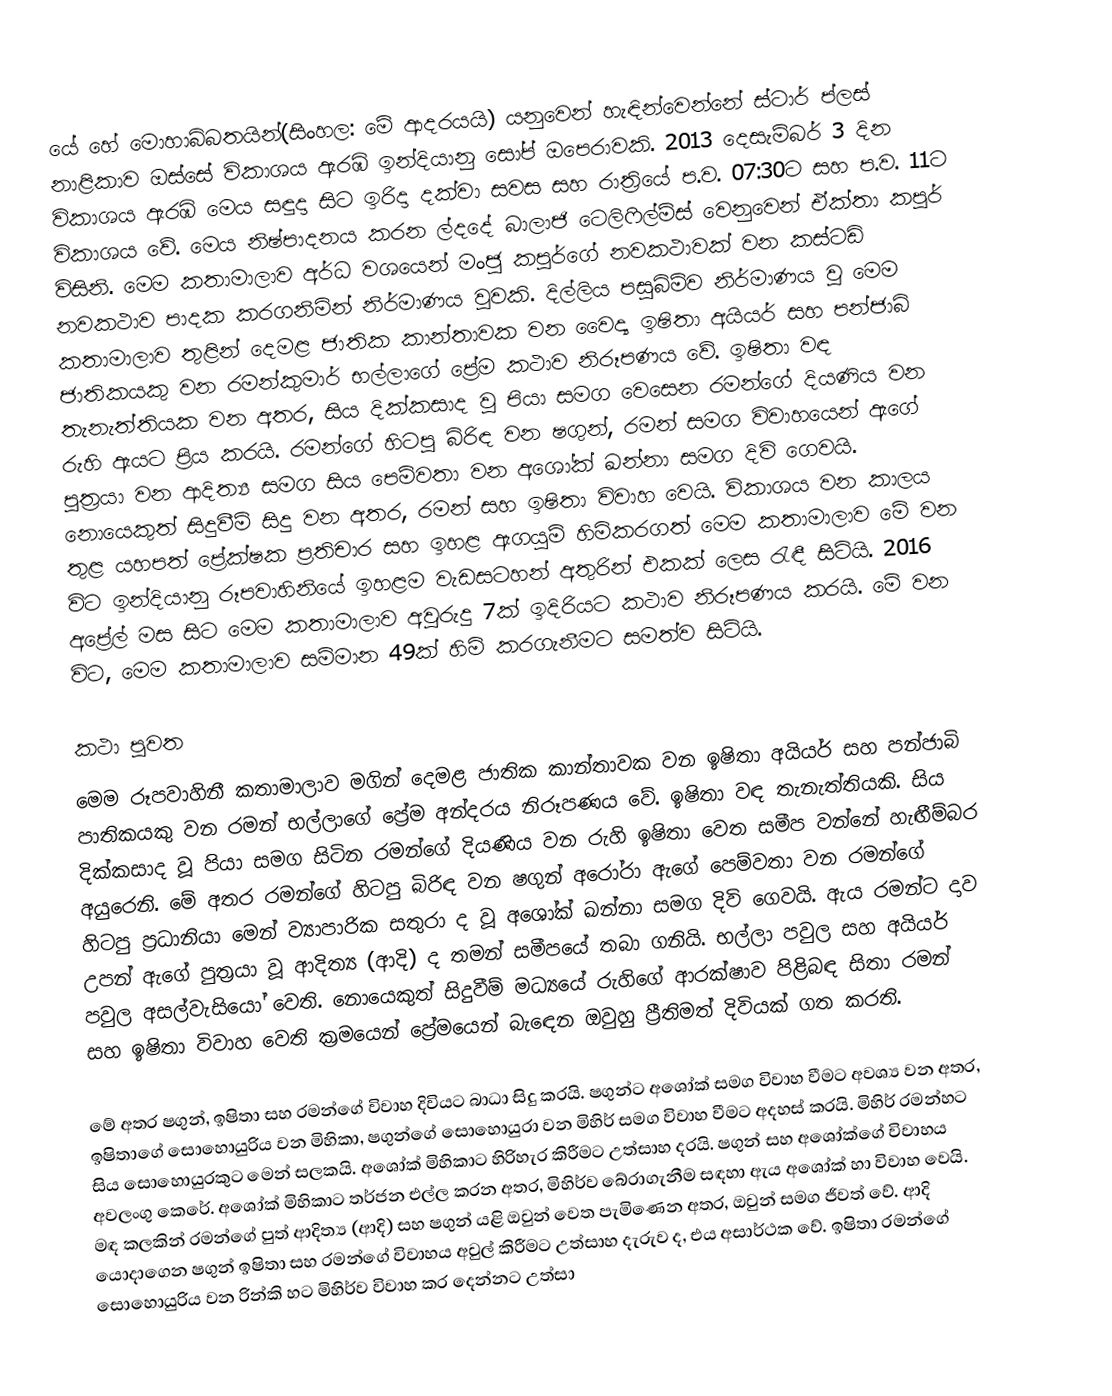
යේ හේ මොහාබ්බතයින්(සිංහල: මේ ආදරයයි) යනුවෙන් හැඳින්වෙන්නේ ස්ටාර් ප්ලස් නාළිකාව ඔස්සේ විකාශය ඇරඹි ඉන්දියානු සෝප් ඔපෙරාවකි. 2013 දෙසැම්බර් 3 දින විකාශය ඇරඹි මෙය සඳුදා සිට ඉරිදා දක්වා සවස සහ රාත්‍රියේ ප.ව. 07:30ට සහ ප.ව. 11ට විකාශය වේ‍. මෙය නිෂ්පාදනය කරන ල්දදේ බාලාජි ටෙලිෆිල්ම්ස් වෙනුවෙන් ඒක්තා කපූර් විසිනි. මෙම කතාමාලාව අර්ධ වශයෙන් මංජු කපූර්ගේ නවකථාවක් වන කස්ටඩි නවකථාව පාදක කරගනිමින් නිර්මාණය වූවකි. දිල්ලිය පසුබිම්ව නිර්මාණය වූ මෙම කතාමාලාව තුළින් දෙමළ ජාතික කාන්තාවක වන වෛද්‍ය ඉෂිතා අයියර් සහ පන්ජාබි ජාතිකයකු වන රමන්කුමාර් භල්ලාගේ ප්‍රේම කථාව නිරූපණය වේ. ඉෂිතා වඳ තැනැත්තියක වන අතර, සිය දික්කසාද වූ පියා සමග වෙසෙන රමන්ගේ දියණිය වන රුහි ඇයට ප්‍රිය කරයි. රමන්ගේ හිටපු බිරිඳ වන ෂගුන්, රමන් සමග විවාහයෙන් ඇගේ පුත්‍රයා වන ආදිත්‍ය සමග සිය පෙම්වතා වන අශෝක් ඛන්නා සමග දිවි ගෙවයි. නොයෙකුත් සිදුවීම් සිදු වන අතර, රමන් සහ ඉෂිතා විවාහ වෙයි. විකාශය වන කාලය තුළ යහපත් ප්‍රේක්ෂක ප්‍රතිචාර සහ ඉහළ ඇගයුම් හිමිකරගත් මෙම කතාමාලාව මේ වන විට ඉන්දියානු රූපවාහිනියේ ඉහළම වැඩසටහන් අතුරින් එකක් ලෙස රැඳී සිටියි. 2016 අප්‍රේල් මස සිට මෙම කතාමාලාව අවුරුදු 7ක් ඉදිරියට කථාව නිරූපණය කරයි. මේ වන විට, මෙම කතාමාලාව සම්මාන 49ක් හිමි කරගැනීමට සමත්ව සිටියි.

කථා පුවත
මෙම රූපවාහිනී කතාමාලාව මගින් දෙමළ ජාතික කාන්තාවක වන ඉෂිතා අයියර් සහ පන්ජාබි පාතිකයකු වන රමන් භල්ලාගේ ප්‍රේම අන්දරය නිරූපණය වේ. ඉෂිතා වඳ තැනැත්තියකි. සිය දික්කසාද වූ පියා සමග සිටින රමන්ගේ දියණිය වන රුහි ඉෂිතා වෙත සමීප වන්නේ හැඟීම්බර අයුරෙනි. මේ අතර රමන්ගේ හිටපු බිරිඳ වන ෂගුන් අරෝරා ඇගේ පෙම්වතා වන රමන්ගේ හිටපු ප්‍රධානියා මෙන් ව්‍යාපාරික සතුරා ද වූ අශෝක් ඛන්නා සමග දිවි ගෙවයි. ඇය රමන්ට දාව උපන් ඇගේ පුත්‍රයා වූ ආදිත්‍ය (ආදි) ද තමන් සමීපයේ තබා ගනියි. භල්ලා පවුල සහ අයියර් පවුල අසල්වැසියෝ වෙති. නොයෙකුත් සිදුවීම් මධ්‍යයේ රුහිගේ ආරක්ෂාව පිළිබඳ සිතා රමන් සහ ඉෂිතා විවාහ වෙති ක්‍රමයෙන් ප්‍රේමයෙන් බැ‍ඳෙන ඔවුහු ප්‍රීතිමත් දිවියක් ගත කරති.

මේ අතර ෂගුන්, ඉෂිතා සහ රමන්ගේ විවාහ දිවියට බාධා සිදු කරයි. ෂගුන්ට අශෝක් සමග විවාහ වීමට අවශ්‍ය වන අතර, ඉෂිතාගේ සොහොයුරිය වන මිහිකා, ෂගුන්ගේ සොහොයුරා වන මිහිර් සමග විවාහ වීමට අදහස් කරයි. මිහිර් රමන්හට සිය සොහොයුරකුට මෙන් සලකයි. අශෝක් මිහිකාට හිරිහැර කිරීමට උත්සාහ දරයි. ෂගුන් සහ අශෝක්ගේ විවාහය අවලංගු කෙරේ. අශෝක් මිහිකාට තර්ජන එල්ල කරන අතර, මිහිර්ව බේරාගැනීම සඳහා ඇය අශෝක් හා විවාහ වෙයි. මඳ කලකින් රමන්ගේ පුත් ආදිත්‍ය (ආදි) සහ ෂගුන් යළි ඔවුන් වෙත පැමිණෙන අතර, ඔවුන් සමග ජීවත් වේ. ආදි යොදාගෙන ෂගුන් ඉෂිතා සහ රමන්ගේ විවාහය අවුල් කිරීමට උත්සාහ දැරුව ද, එය අසාර්ථක වේ. ඉෂිතා රමන්ගේ සොහොයුරිය වන රින්කි හට මිහිර්ව විවාහ කර දෙන්නට උත්සා